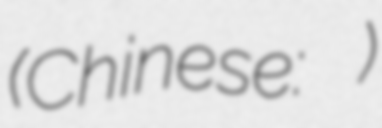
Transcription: (Chinese: 蜀山战纪之剑侠传奇)